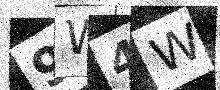
Text: 9W4W